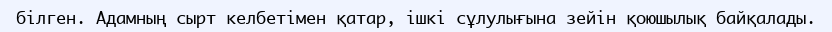
білген. Адамның сырт келбетімен қатар, ішкі сұлулығына зейін қоюшылық байқалады.